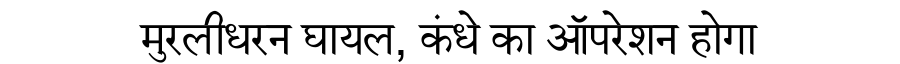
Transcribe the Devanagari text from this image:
मुरलीधरन घायल, कंधे का ऑपरेशन होगा